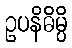
ဥပနိဓိမ္ပိ